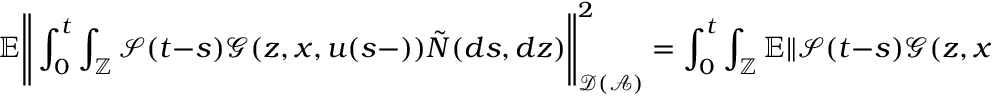
\mathbb { E } \Bigg \Vert \int _ { 0 } ^ { t } \int _ { \mathbb { Z } } \mathcal { S } ( t - s ) \mathcal { G } ( z , x , u ( s - ) ) \tilde { N } ( d s , d z ) \Bigg \Vert _ { \mathcal { D } ( \mathcal { A } ) } ^ { 2 } = \int _ { 0 } ^ { t } \int _ { \mathbb { Z } } \mathbb { E } \Vert \mathcal { S } ( t - s ) \mathcal { G } ( z , x , u ( s ) ) \Vert _ { \mathcal { D } ( \mathcal { A } ) } ^ { 2 } \nu ( d z ) d s .